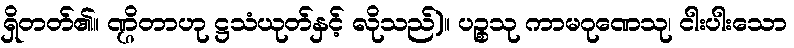
ရှိတတ်၏။ ဏ္ဌိတာဟု ဋ္ဌသံယုတ်နှင့် လိုသည်)။ ပဉ္စသု ကာမဂုဏေသု၊ ငါးပါးသော